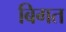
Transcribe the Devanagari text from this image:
बिगत